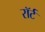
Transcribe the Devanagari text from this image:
रॉर्ट